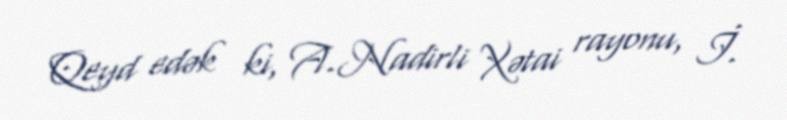
Qeyd edək ki, A.Nadirli Xətai rayonu, İ.